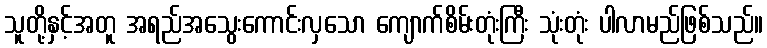
သူတို့နှင့်အတူ အရည်အသွေးကောင်းလှသော ကျောက်စိမ်းတုံးကြီး သုံးတုံး ပါလာမည်ဖြစ်သည်။